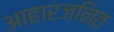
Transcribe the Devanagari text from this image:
आहारजनित